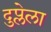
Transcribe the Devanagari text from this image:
दुप्लेला